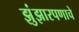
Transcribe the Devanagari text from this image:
झुंझारपणाचे